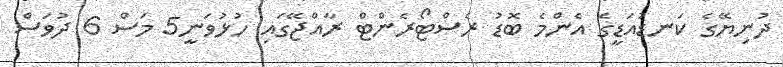
ދުނިޔޭގެ ކަނޑުއަޑީގެ އެންމެ ބޮޑު ރެސްޓޯރެންޓް ރާއްޖޭގައި ހުޅުވަނީ5 މަސް 6 ދުވަސް